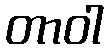
တာဝါ